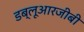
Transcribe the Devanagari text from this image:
डब्लूआरजीबी